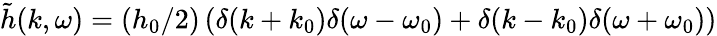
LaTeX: \tilde{h}(k,\omega)=(h_{0}/2)\left(\delta(k+k_{0})\delta(\omega-\omega_{0})+\delta(k-k_{0})\delta(\omega+\omega_{0})\right)